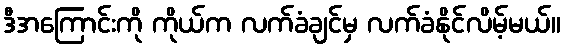
ဒီအကြောင်းကို ကိုယ်က လက်ခံချင်မှ လက်ခံနိုင်လိမ့်မယ်။